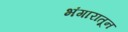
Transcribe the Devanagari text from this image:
भंगारातून